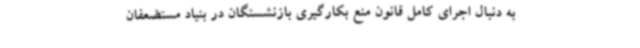
به دنبال اجرای کامل قانون منع بکارگیری بازنشستگان در بنیاد مستضعفان